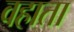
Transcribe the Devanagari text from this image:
वहाता